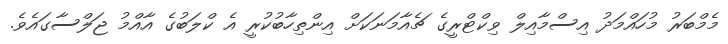
މެމްބަރު މުހައްމަދު އިސްމާއިލް ވިކްޓްރީގެ ޗެއާމަނަކަށް އިންތިހާބުކުރީ އެ ކްލަބުގެ އާއްމު ޖަލްސާގައެވެ.